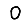
Digit: 0